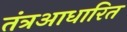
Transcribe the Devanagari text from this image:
तंत्रआधारित